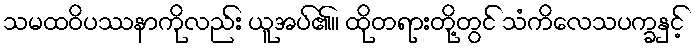
သမထဝိပဿနာကိုလည်း ယူအပ်၏။ ထိုတရားတို့တွင် သံကိလေသပက္ခနှင့်